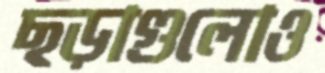
ছড়াগুলোও